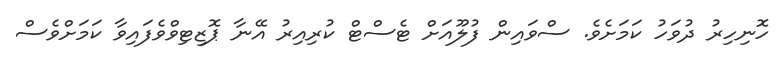
ހޮނިހިރު ދުވަހު ކަމަށެވެ. ސްވައިން ފުލޫއަށް ޓެސްޓް ކުރިއިރު އޭނާ ޕޮޒިޓިވްވެފައިވާ ކަމަށްވެސް